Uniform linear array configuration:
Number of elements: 32
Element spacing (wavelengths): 0.25
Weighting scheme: uniform
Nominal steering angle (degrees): -15
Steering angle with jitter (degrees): -16.755
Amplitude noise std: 0.05
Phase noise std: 0.05

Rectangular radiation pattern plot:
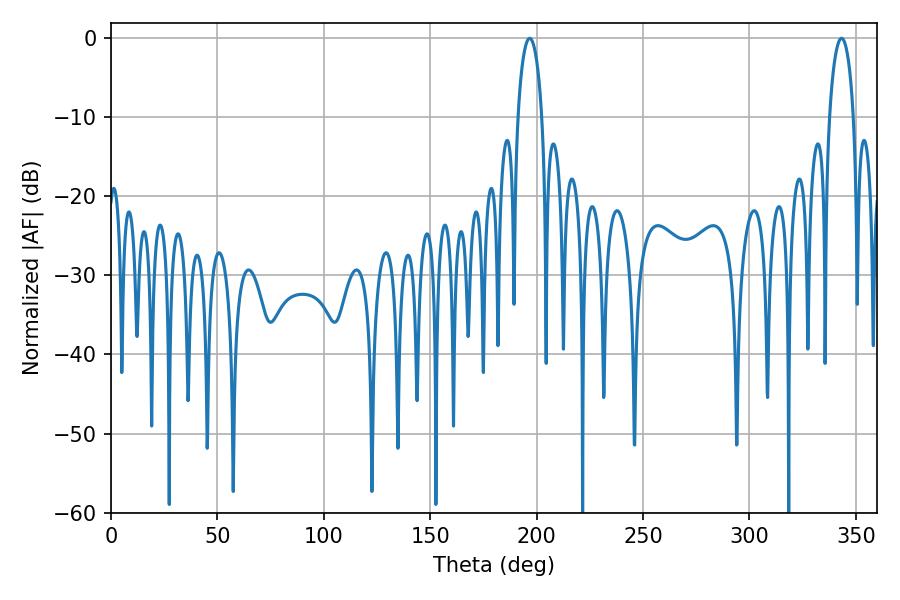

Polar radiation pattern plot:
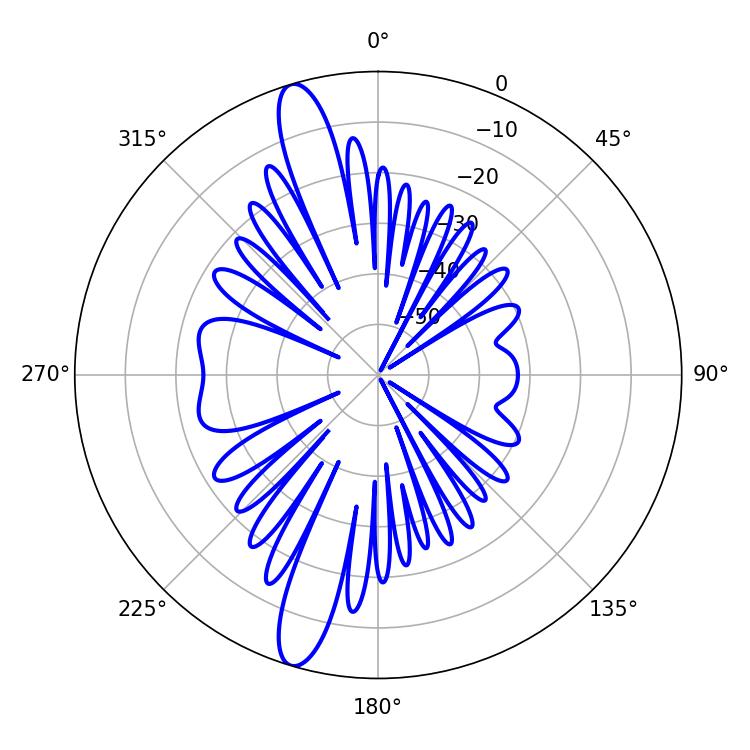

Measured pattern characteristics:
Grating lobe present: FALSE
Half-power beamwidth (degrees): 6.48
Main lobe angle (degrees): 196.74